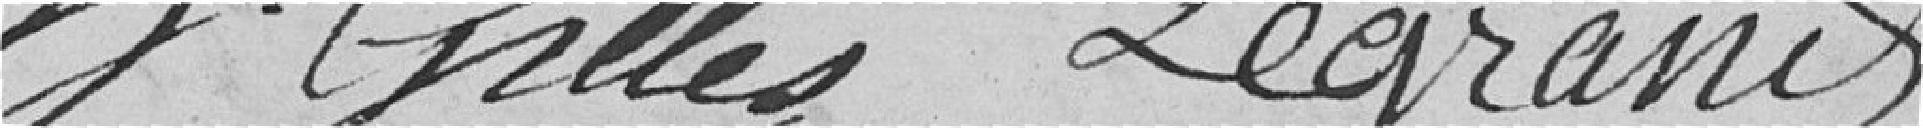
Gilles Legrand